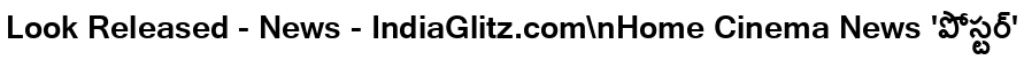
Look Released - News - IndiaGlitz.com\nHome Cinema News 'పోస్టర్'